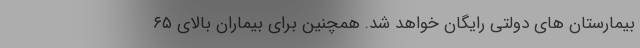
بیمارستان های دولتی رایگان خواهد شد. همچنین برای بیماران بالای ۶۵